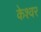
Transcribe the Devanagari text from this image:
केश्वर